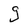
Character: g